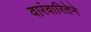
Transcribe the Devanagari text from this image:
वारंवारितेने